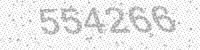
Solution: 554266